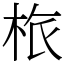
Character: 㭚